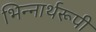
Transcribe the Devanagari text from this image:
भिन्‍नार्थरूपी